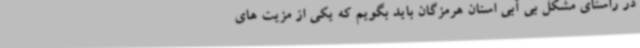
در راستای مشکل بی آبی استان هرمزگان باید بگویم که یکی از مزیت های